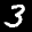
Label: 3